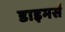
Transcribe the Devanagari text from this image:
डाइमर्स